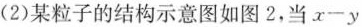
(2)某粒子的结构示意图如图2，当$$x一y$$